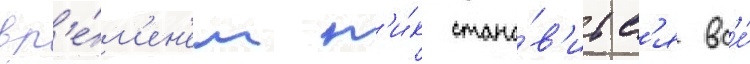
вр'е́м'ен'ем н'и́к стано́в'итс'я вс'е́